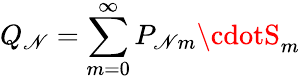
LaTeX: {Q_{\mathscr{N}}}=\sum_{m=0}^{\infty}P_{\mathscr{N}m}\cdotS_{m}